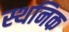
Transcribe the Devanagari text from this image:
स्थनिक